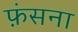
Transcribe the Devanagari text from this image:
फ़ंसना